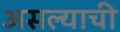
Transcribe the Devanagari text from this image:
असल्‍याची